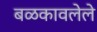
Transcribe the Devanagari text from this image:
बळकावलेले